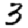
Digit: 3